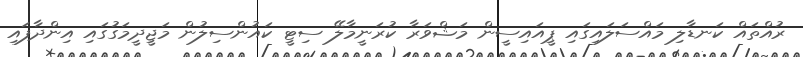
ރުއްތައް ކަނޑާލި މައްސަލައިގައި ޕީއައިސީން މަޝްވަރާ ކުރަނީމާލޭ ސިޓީ ކައުންސިލުން މަޖީދީމަގުގައި އިންދާފައި